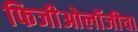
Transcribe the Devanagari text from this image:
फिजीओलॉजीचा